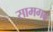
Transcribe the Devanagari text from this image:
सामगढ़